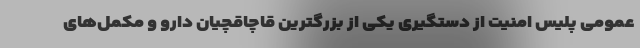
عمومی پلیس امنیت از دستگیری یکی از بزرگترین قاچاقچیان دارو و مکمل‌های